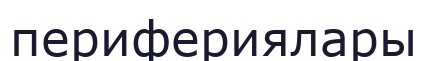
перифериялары